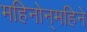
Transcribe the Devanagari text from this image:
महिनोन्‌महिने